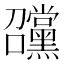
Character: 𡆊